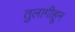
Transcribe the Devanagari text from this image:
तुलागीहून